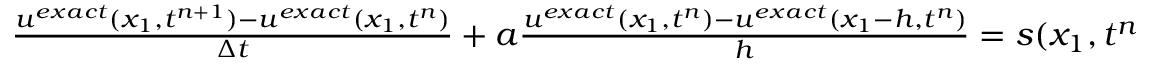
\begin{array} { r } { \frac { u ^ { e x a c t } ( x _ { 1 } , t ^ { n + 1 } ) - u ^ { e x a c t } ( x _ { 1 } , t ^ { n } ) } { \Delta t } + a \frac { u ^ { e x a c t } ( x _ { 1 } , t ^ { n } ) - u ^ { e x a c t } ( x _ { 1 } - h , t ^ { n } ) } { h } = s ( x _ { 1 } , t ^ { n } ) - { E } _ { 1 } ^ { n } , } \end{array}